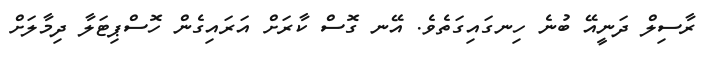
ރާސިލް ދަނީއޭ ބުނެ ހިނގައިގަތެވެ. އޭނ ގޮސް ކާރަށް އަރައިގެން ހޮސްޕިޓަލާ ދިމާލަށް